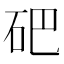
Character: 𥑁